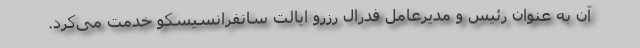
آن به عنوان رئیس و مدیرعامل فدرال رزرو ایالت سانفرانسیسکو خدمت می‌کرد.